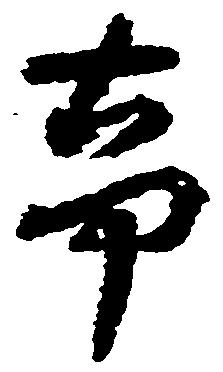
事